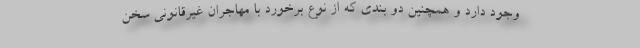
وجود دارد و همچنین دو بندی که از نوع برخورد با مهاجران غیرقانونی سخن